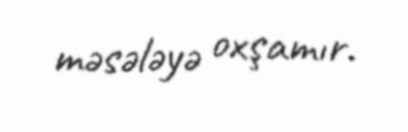
məsələyə oxşamır.